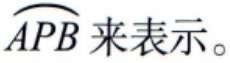
$\overset{\frown}{APB}$ 来表示。